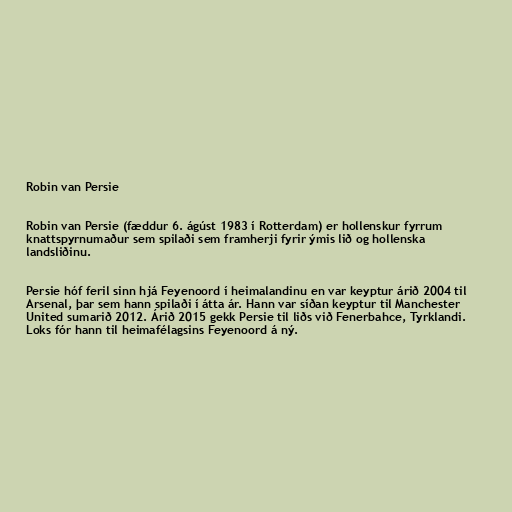
Robin van Persie

Robin van Persie (fæddur 6. ágúst 1983 í Rotterdam) er hollenskur fyrrum
knattspyrnumaður sem spilaði sem framherji fyrir ýmis lið og hollenska
landsliðinu.

Persie hóf feril sinn hjá Feyenoord í heimalandinu en var keyptur árið 2004 til
Arsenal, þar sem hann spilaði í átta ár. Hann var síðan keyptur til Manchester
United sumarið 2012. Árið 2015 gekk Persie til liðs við Fenerbahce, Tyrklandi.
Loks fór hann til heimafélagsins Feyenoord á ný.